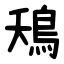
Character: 鴁